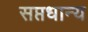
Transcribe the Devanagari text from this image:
सप्तधान्य